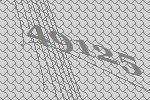
49125